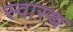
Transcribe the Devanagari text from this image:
स्‍वास्‍थ